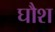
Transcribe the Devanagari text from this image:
घौश